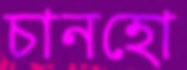
চানহো